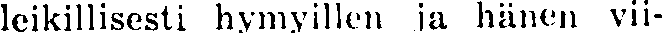
leikillisesti hymyillen ja hänen vii-